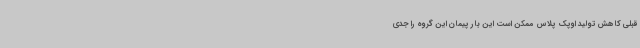
قبلی کاهش تولید اوپک پلاس ممکن است این بار پیمان این گروه را جدی